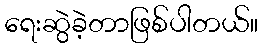
ရေးဆွဲခဲ့တာဖြစ်ပါတယ်။